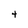
Character: t